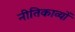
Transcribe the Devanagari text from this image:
नीतिकाव्यों